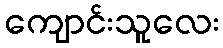
ကျောင်းသူလေး